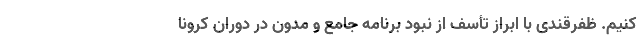
کنیم. ظفرقندی با ابراز تأسف از نبود برنامه جامع و مدون در دوران کرونا